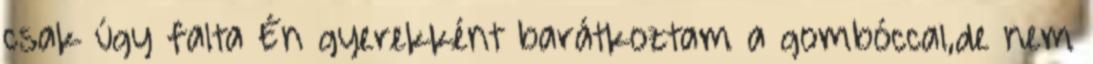
csak úgy falta Én gyerekként barátkoztam a gombóccal,de nem